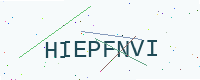
Text: HIEPFNVI